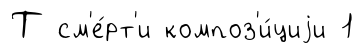
Т см'е́рт'и композ'и́циjи 1